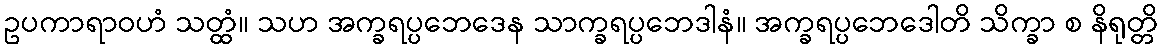
ဥပကာရာဝဟံ သတ္ထံ။ သဟ အက္ခရပ္ပဘေဒေန သာက္ခရပ္ပဘေဒါနံ။ အက္ခရပ္ပဘေဒေါတိ သိက္ခာ စ နိရုတ္တိ